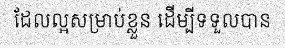
ដែលល្អសម្រាប់ខ្លួន ដើម្បីទទួលបាន